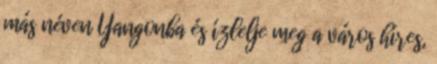
más néven Yangonba és ízlelje meg a város híres,